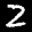
Label: 2